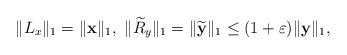
LaTeX: \begin{align*}\|L_{x}\|_{1}=\|{\bf x}\|_{1},~\|\widetilde{R}_{y}\|_{1}=\|\widetilde{\bf y}\|_{1}\leq(1+\varepsilon)\|{\bf y}\|_{1},\end{align*}